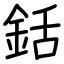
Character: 銛